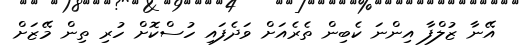
އޭނާ ޒުލްފާ އިންނަ ކެބިން ތެރެއަށް ވަދެފައި ހުސްކޮށް ހުރި ތިން މޭޒަށް